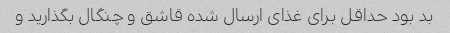
بد بود حداقل برای غذای ارسال شده قاشق و چنگال بگذارید و